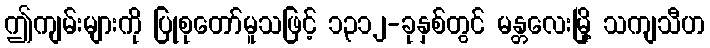
ဤကျမ်းများကို ပြုစုတော်မူသဖြင့် ၁၃၁၂-ခုနှစ်တွင် မန္တလေးမြို့ သကျသီဟ